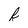
Character: f